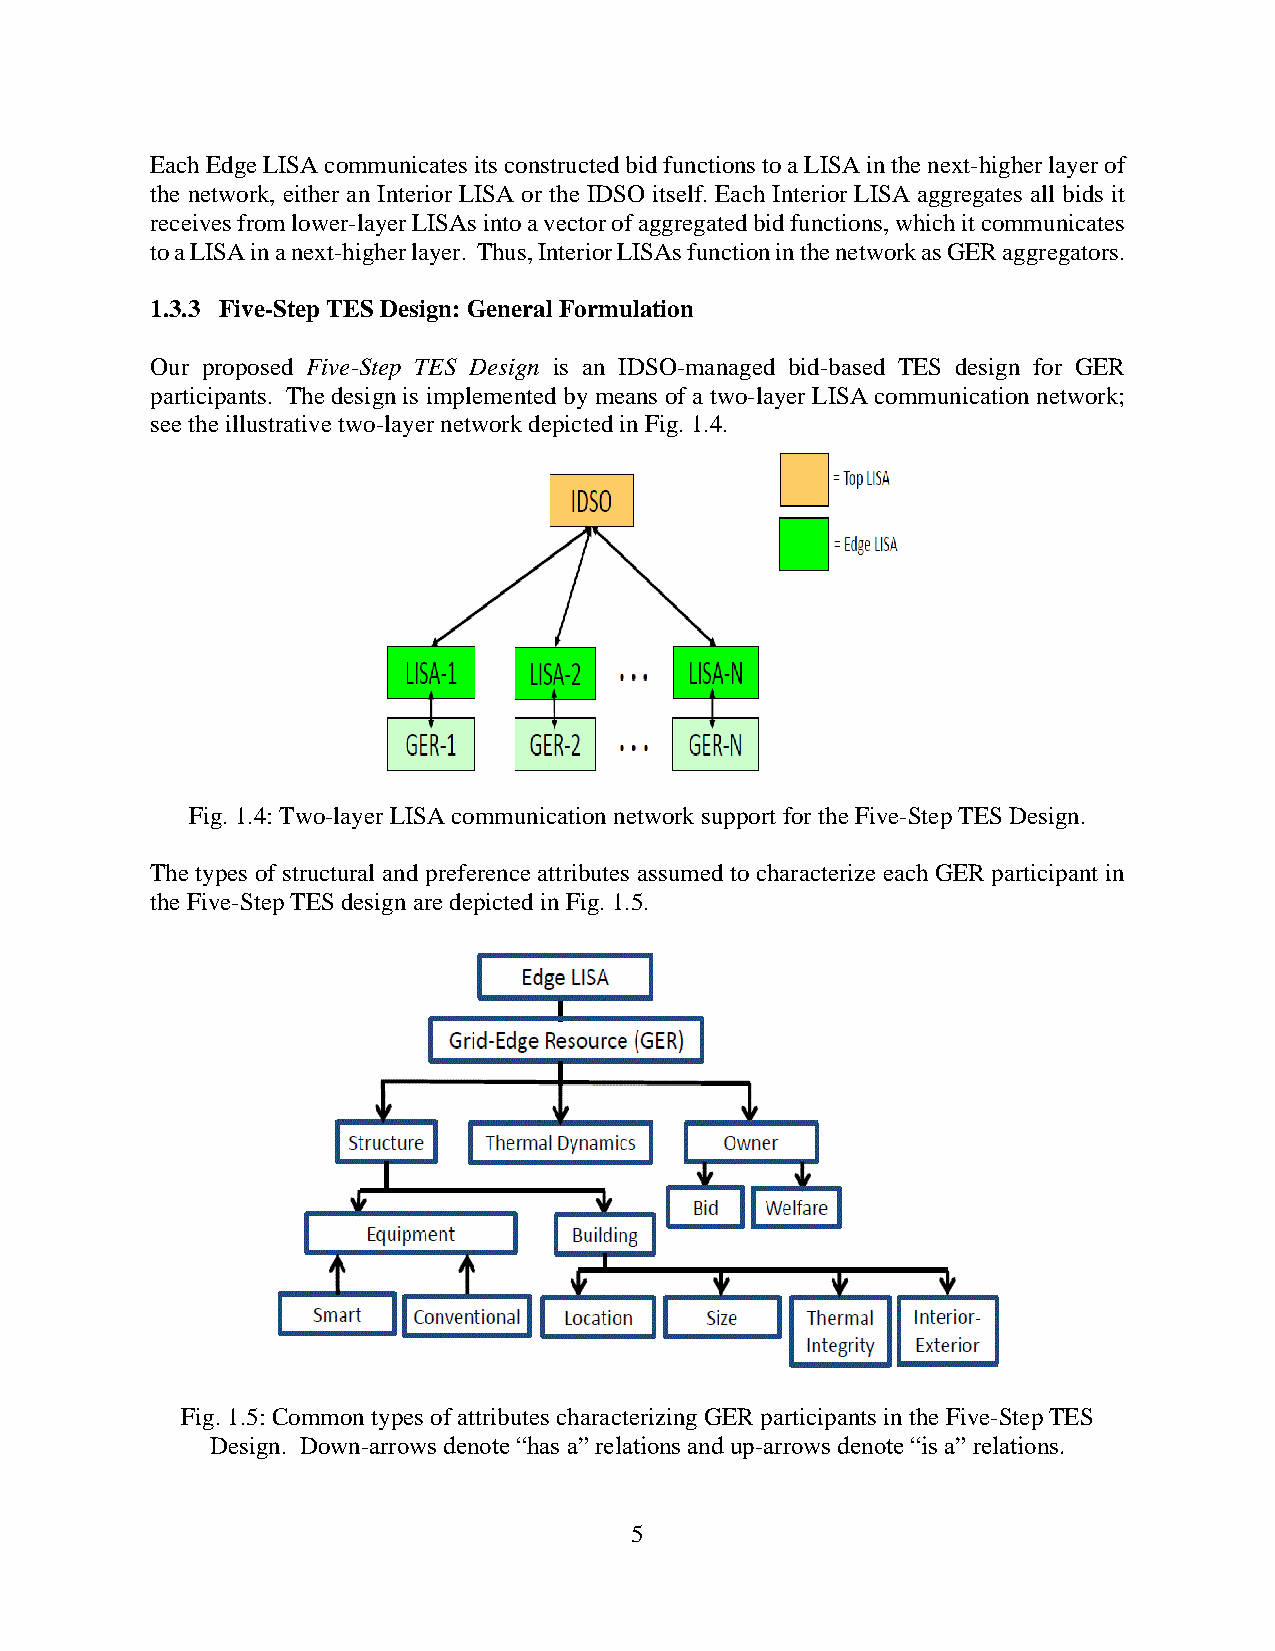
Each Edge LISA communicates its constructed bid functions to a LISA in the next-higher layer of
 the network, either an Interior LISA or the IDSO itself. Each Interior LISA aggregates all bids it
 receives from lower-layer LISAs into a vector of aggregated bid functions, which it communicates
 to a LISA in a next-higher layer. Thus, Interior LISAs function in the network as GER aggregators.
 1.3.3 Five-Step TES Design: General Formulation
 Our proposed Five-Step TES Design is an IDSO-managed bid-based TES design for GER
 participants. The design is implemented by means of a two-layer LISA communication network;
 see the illustrative two-layer network depicted in Fig. 1.4.
 Fig. 1.4: Two-layer LISA communication network support for the Five-Step TES Design.
 The types of structural and preference attributes assumed to characterize each GER participant in
 the Five-Step TES design are depicted in Fig. 1.5.
 Fig. 1.5: Common types of attributes characterizing GER participants in the Five-Step TES
 Design. Down-arrows denote “has a” relations and up-arrows denote “is a” relations.
 5